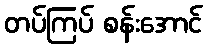
တပ်ကြပ် စန်းအောင်